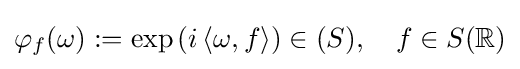
\varphi _{f}(\omega ):=\exp \left(i\left\langle \omega ,f\right\rangle \right)\in (S),\quad f\in S(\mathbb {R} )